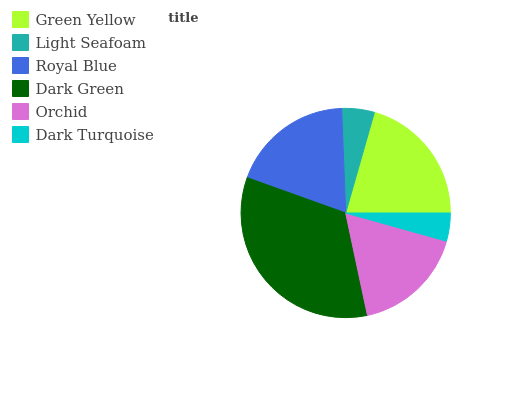
| Green Yellow | Light Seafoam | Royal Blue | Dark Green | Orchid | Dark Turquoise |
 | --- | --- | --- | --- | --- | --- |
 | 20.5% | 5.03% | 19% | 33.8% | 17.4% | 4.33% |